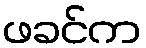
ဖခင်က